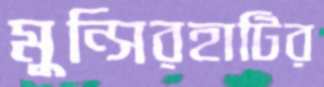
মুন্সিরহাটির